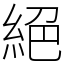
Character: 絕